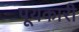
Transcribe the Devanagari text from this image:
पूयकारी